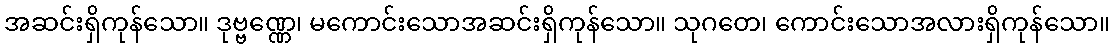
အဆင်းရှိကုန်သော။ ဒုဗ္ဗဏ္ဏေ၊ မကောင်းသောအဆင်းရှိကုန်သော။ သုဂတေ၊ ကောင်းသောအလားရှိကုန်သော။